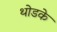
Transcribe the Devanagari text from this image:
थोडके